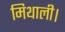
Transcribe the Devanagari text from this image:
मिथाली।